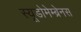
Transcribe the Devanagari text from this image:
स्यूडोमेम्ब्रेनस